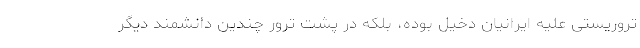
تروریستی علیه ایرانیان دخیل بوده، بلکه در پشت ترور چندین دانشمند دیگر